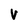
Character: V